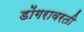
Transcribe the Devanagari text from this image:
डोंगरावरती